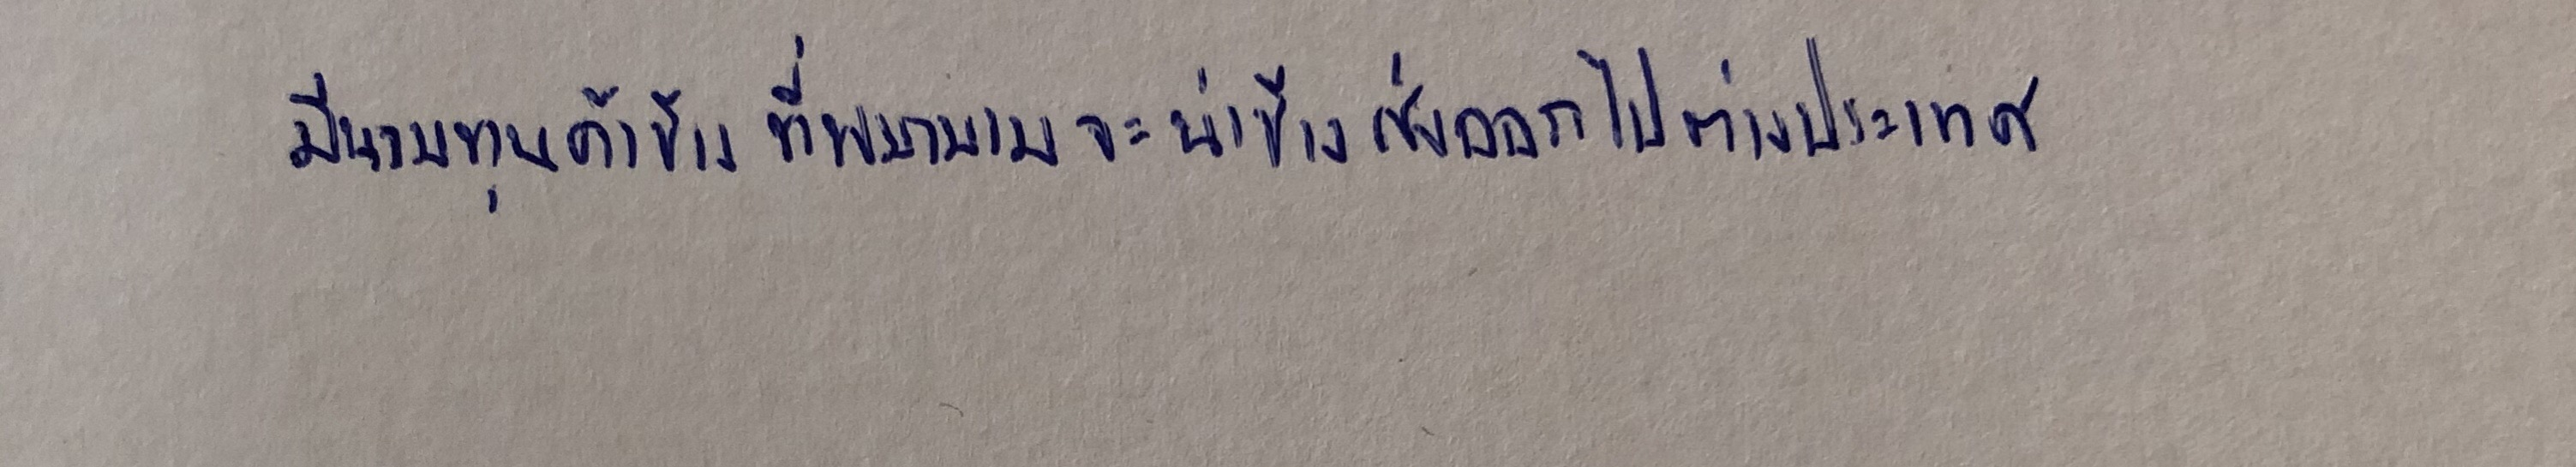
มีนายทุนค้าช้างที่พยายามจะนำช้างส่งออกไปยังต่างประเทศ